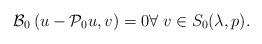
LaTeX: \begin{align*}{\mathcal{B}}_{0}\left( u-{\mathcal{P}}_{0}u,v\right) =0 \forall \; v\in S_0(\lambda ,p). \end{align*}